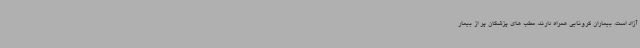
آزاد است، بیماران کرونایی همراه دارند، مطب های پزشکان پر از بیمار